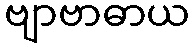
ဗျာဗာဓာယ